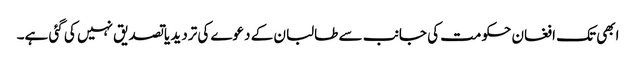
ابھی تک افغان حکومت کی جانب سے طالبان کے دعوے کی تردید یا تصدیق نہیں کی گئی ہے۔